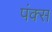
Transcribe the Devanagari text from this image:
पंक्स